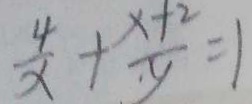
\frac { 4 } { x } + \frac { x + 2 } { y } = 1